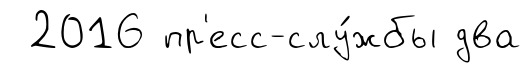
2016 пр'есс-слу́жбы два